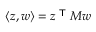
\langle z , w \rangle = z ^ { \textsf { T } } M w